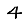
Digit: 4